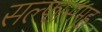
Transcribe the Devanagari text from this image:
सल्फासमूह